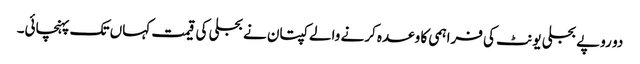
دو روپے بجلی یونٹ کی فراہمی کا وعدہ کرنے والے کپتان نے بجلی کی قیمت کہاں تک پہنچائی۔